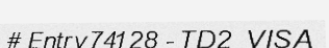
# Entry 74128 - TD2_VISA